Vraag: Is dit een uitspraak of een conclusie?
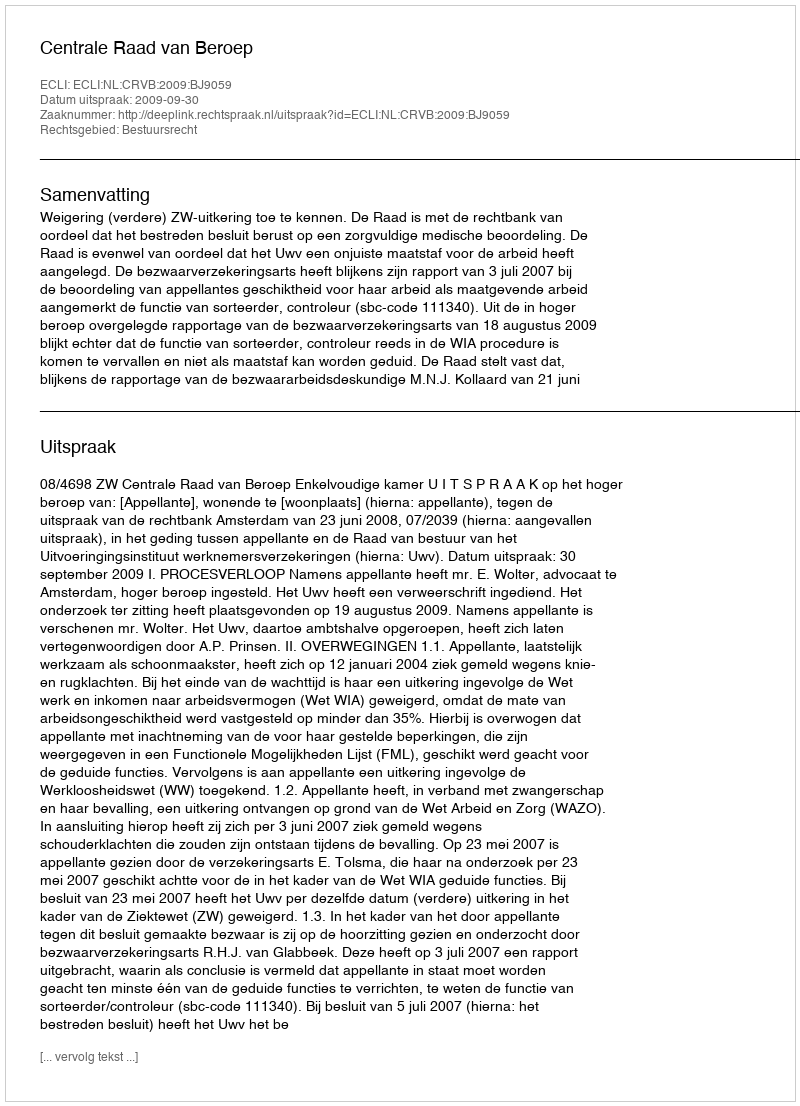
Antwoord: Uitspraak